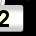
Digit: 2